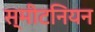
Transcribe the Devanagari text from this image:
स्मीटनियन